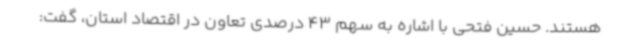
هستند. حسین فتحی با اشاره به سهم 43 درصدی تعاون در اقتصاد استان، گفت: